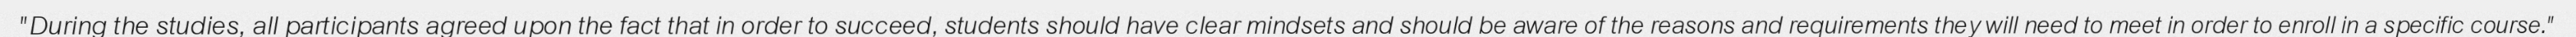
"During the studies, all participants agreed upon the fact that in order to succeed, students should have clear mindsets and should be aware of the reasons and requirements they will need to meet in order to enroll in a specific course."